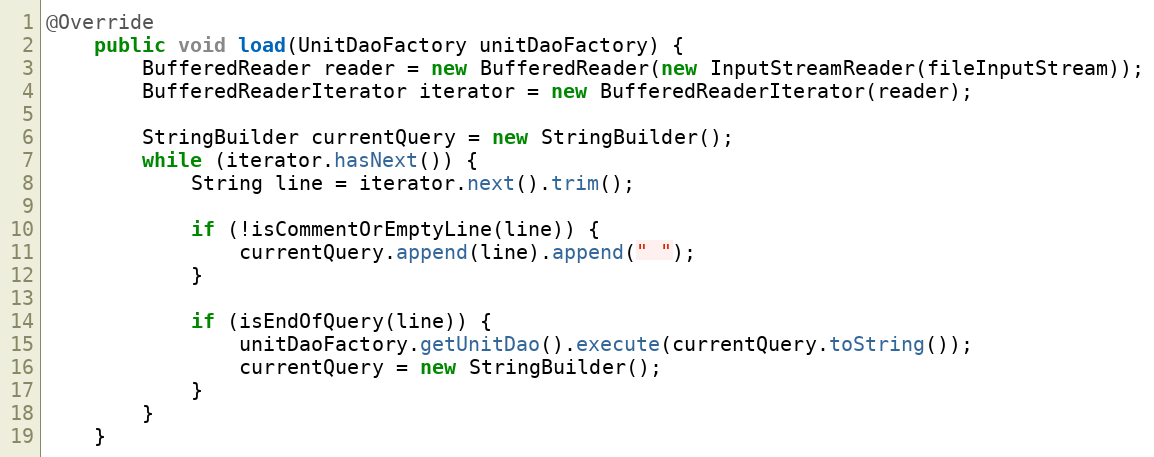
Language: Java
@Override
	public void load(UnitDaoFactory unitDaoFactory) {
		BufferedReader reader = new BufferedReader(new InputStreamReader(fileInputStream));
		BufferedReaderIterator iterator = new BufferedReaderIterator(reader);

		StringBuilder currentQuery = new StringBuilder();
		while (iterator.hasNext()) {
			String line = iterator.next().trim();

			if (!isCommentOrEmptyLine(line)) {
				currentQuery.append(line).append(" ");
			}

			if (isEndOfQuery(line)) {
				unitDaoFactory.getUnitDao().execute(currentQuery.toString());
				currentQuery = new StringBuilder();
			}
		}
	}